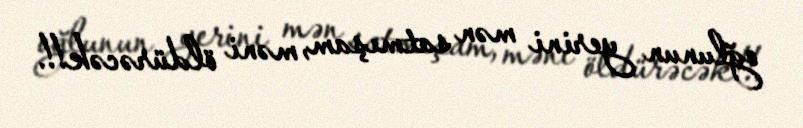
oğlunun yerini mən satmışam, məni öldürəcək!!.